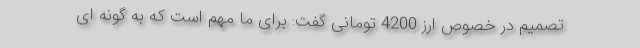
تصمیم در خصوص ارز 4200 تومانی گفت: برای ما مهم است که به گونه ای